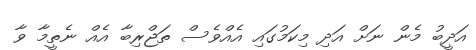
އަދީބު މެން ނަށް އަދި މިކަމުގައި އެއްވެސް ތަޖްރިބާ އެއް ނެތީމާ ވާ